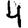
Digit: 4